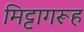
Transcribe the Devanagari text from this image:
मिट्टागरूह